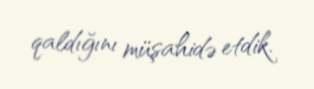
qaldığını müşahidə etdik.